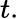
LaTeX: t.